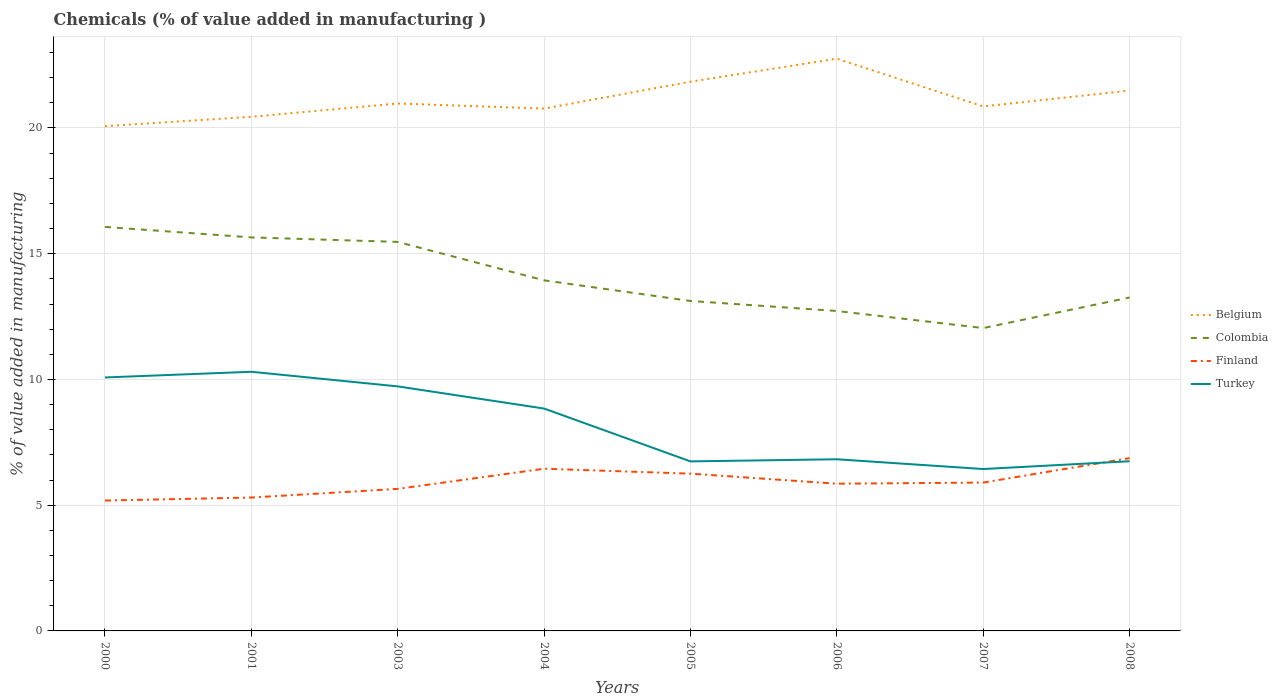
| Years | Belgium | Colombia | Finland | Turkey |
 | --- | --- | --- | --- | --- |
 | 2000 | 20.1 | 16.1 | 5.18 | 10.1 |
 | 2001 | 20.4 | 15.6 | 5.3 | 10.3 |
 | 2003 | 21 | 15.5 | 5.65 | 9.72 |
 | 2004 | 20.8 | 13.9 | 6.45 | 8.84 |
 | 2005 | 21.8 | 13.1 | 6.25 | 6.74 |
 | 2006 | 22.8 | 12.7 | 5.85 | 6.83 |
 | 2007 | 20.9 | 12 | 5.9 | 6.44 |
 | 2008 | 21.5 | 13.3 | 6.87 | 6.75 |